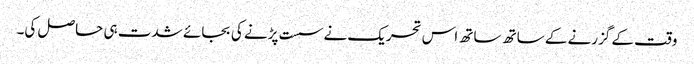
وقت کے گزرنے کے ساتھ ساتھ اس تحریک نے سست پڑنے کی بجائے شدت ہی حاصل کی۔